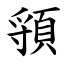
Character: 頱